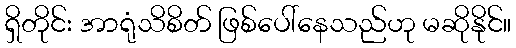
ရှိတိုင်း အာရုံသိစိတ် ဖြစ်ပေါ်နေသည်ဟု မဆိုနိုင်။